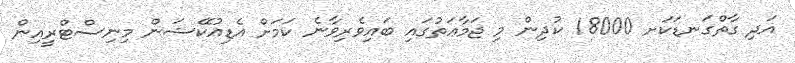
އަދި ގާތްގަނޑަކަށ 18000 ކުދިން މި ޖަމާޢަތުގައި ބައިވެރިވާނެ ކަމަށް އެޑިއުކޭޝަން މިނިސްޓްރީއިން